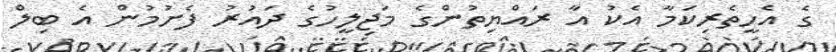
ގެ އެހީތެރިކަމާ އެކު އާ ރައްޔިތުންގެ މަޖިލީހުގެ ދައުރު ފެށުމުން އެ ބިލް